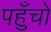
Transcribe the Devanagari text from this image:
पहुँचो